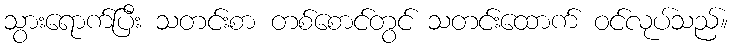
သွားရောက်ပြီး သတင်းစာ တစ်စောင်တွင် သတင်းထောက် ဝင်လုပ်သည်။